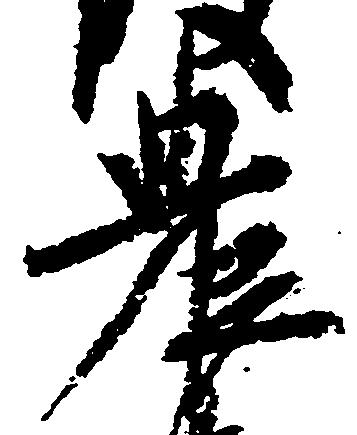
農